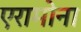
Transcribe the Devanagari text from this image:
एरामोना